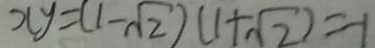
x y = ( 1 - \sqrt { 2 } ) ( 1 + \sqrt { 2 } ) = - 1